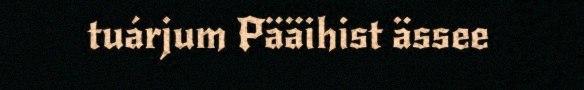
tuárjum Pääihist ässee